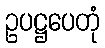
ဥပဋ္ဌပေတုံ